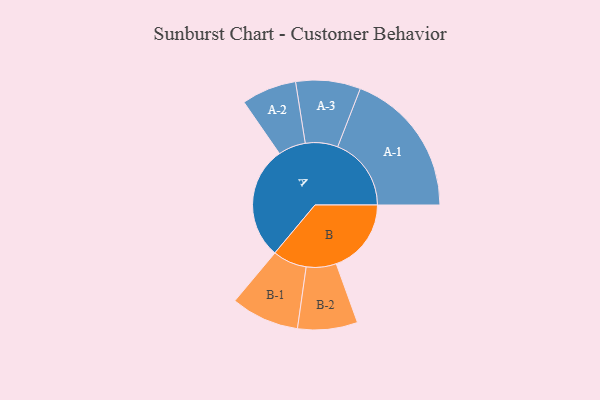
{"axis": {"x": "Segment", "y": "Value"}, "legend": ["", "A", "B"], "data": [{"x": "A", "y": 460, "type": ""}, {"x": "B", "y": 306, "type": ""}, {"x": "A-1", "y": 300, "type": "A"}, {"x": "A-2", "y": 112, "type": "A"}, {"x": "A-3", "y": 132, "type": "A"}, {"x": "B-1", "y": 139, "type": "B"}, {"x": "B-2", "y": 122, "type": "B"}]}